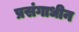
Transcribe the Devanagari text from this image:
प्रसंगाधीन